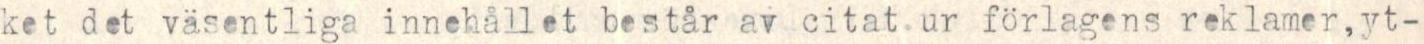
ket det väsentliga innehållet består av citat ur förlagens reklamer, yt-